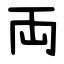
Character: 両